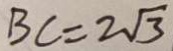
B C = 2 \sqrt { 3 }